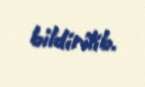
bildirilib.